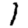
Digit: 1